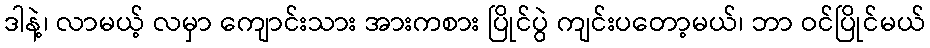
ဒါနဲ့၊ လာမယ့် လမှာ ကျောင်းသား အားကစား ပြိုင်ပွဲ ကျင်းပတော့မယ်၊ ဘာ ဝင်ပြိုင်မယ်